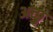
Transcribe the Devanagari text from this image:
अच्छु